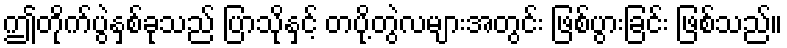
ဤတိုက်ပွဲနှစ်ခုသည် ပြာသိုနှင့် တပို့တွဲလများအတွင်း ဖြစ်ပွားခြင်း ဖြစ်သည်။